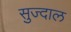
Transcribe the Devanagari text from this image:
सुज्दाल